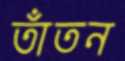
তাঁতন